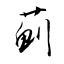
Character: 薊